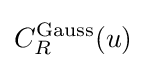
C_{R}^{\text{Gauss}}(u)